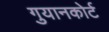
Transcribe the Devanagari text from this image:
गुयानकोर्ट